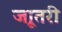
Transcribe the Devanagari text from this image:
जाूतरी